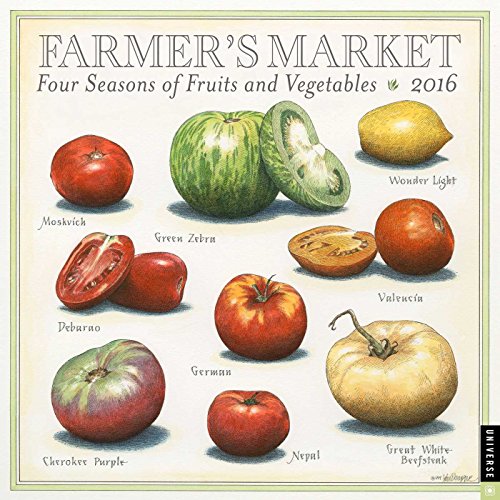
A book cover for Farmer's Market 2016 Wall Calendar: Four Seasons of Fruits and Vegetables; John Burgoyne; Calendars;